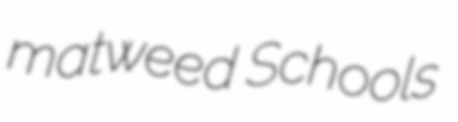
matweed Schools